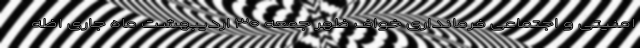
امنیتی و اجتماعی فرمانداری خواف ظهر جمعه ۳۰ اردیبهشت ماه جاری اظه